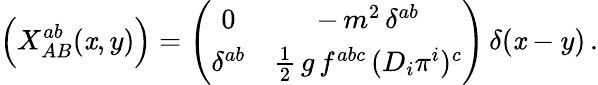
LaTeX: \Bigl(X_{AB}^{ab}(\mathit{x},y)\Bigr)=\left(\begin{array}{cc}{{0}}&{{-\, m^{2}\, \delta^{ab}}}\\ {{\delta^{ab}}}&{{\frac{1}{2}\, g\, f^{abc}\, (D_{i}\pi^{i})^{c}}}\end{array}\right)\, \delta(\mathit{x}-y)\, .